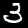
Label: 3